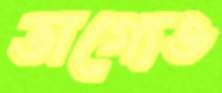
ভাগ্যেও